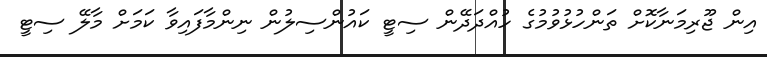
އިން ޖޫރިމަނާކޮށް ތަންހުޅުވުމުގެ ހުއްދަދޭން ސިޓީ ކައުންސިލުން ނިންމާފައިވާ ކަމަށް މާލޭ ސިޓީ